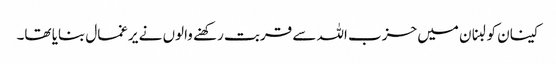
کینان کو لبنان میں حزب اللہ سے قربت رکھنے والوں نے یرغمال بنایا تھا۔